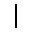
|